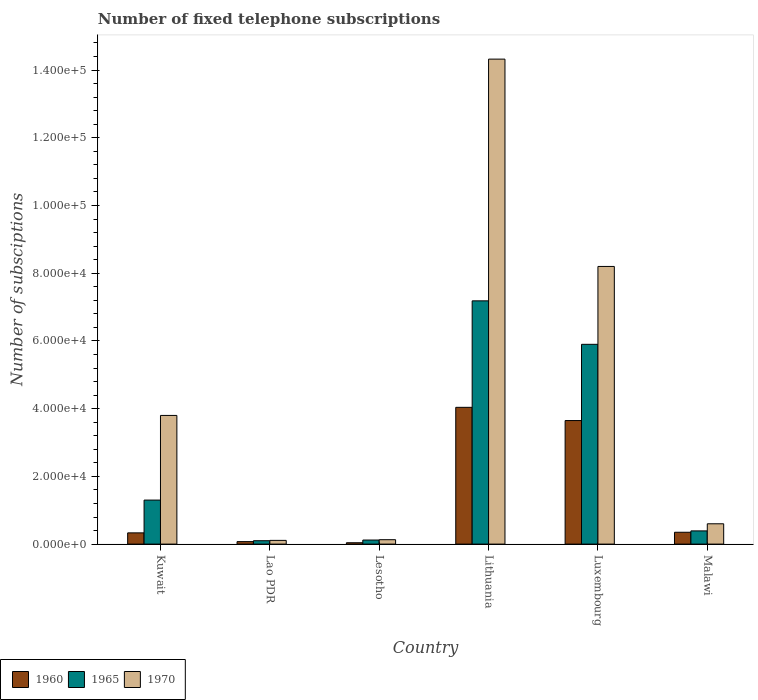
| Country | 1960 | 1965 | 1970 |
 | --- | --- | --- | --- |
 | Kuwait | 3.32e+03 | 1.3e+04 | 3.8e+04 |
 | Lao PDR | 736 | 1e+03 | 1.1e+03 |
 | Lesotho | 400 | 1.2e+03 | 1.3e+03 |
 | Lithuania | 4.04e+04 | 7.18e+04 | 1.43e+05 |
 | Luxembourg | 3.65e+04 | 5.9e+04 | 8.2e+04 |
 | Malawi | 3.5e+03 | 3.9e+03 | 6e+03 |